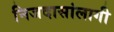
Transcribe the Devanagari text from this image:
निजदासांलागी